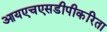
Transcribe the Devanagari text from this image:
आयएचएसडीपीकरिता